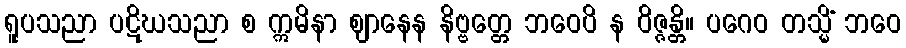
ရူပသညာ ပဋိဃသညာ စ ဣမိနာ ဈာနေန နိဗ္ဗတ္တေ ဘဝေပိ န ဝိဇ္ဇန္တိ။ ပဂေဝ တသ္မိံ ဘဝေ